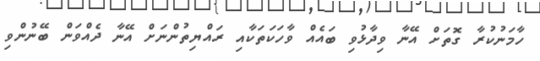
ހާމަނުކުރާ ގޮތަށް އޭނާ ވިދާޅުވި ބައެއް ވާހަކަަތަކާއި ރައްޔިތުންނަށް އޭނާ ދެއްވަން ބޭނުންވި